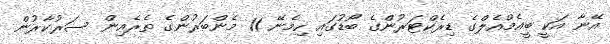
އޭނާ އަކީ ބީއެމްއެލްގެ ޑިރެކްޓަރުންގެ ބޯޑުގައި ހިމެނޭ 11 މެންބަރުންގެ ތެރެއިން ސަރުކާރުން